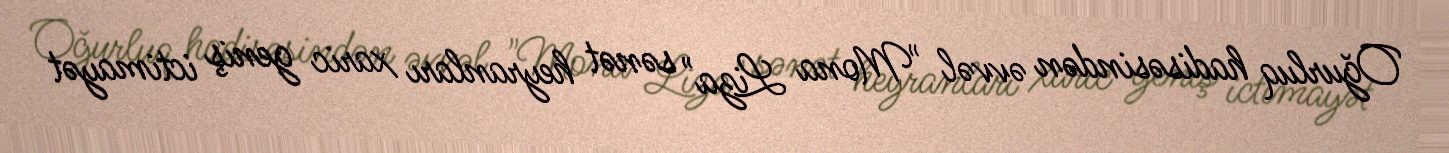
Oğurluq hadisəsindən əvvəl "Mona Liza" sənət heyranları xaric geniş ictimayət